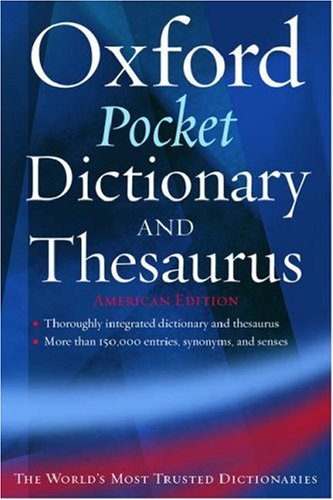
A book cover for Oxford Pocket Dictionary and Thesaurus; Reference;